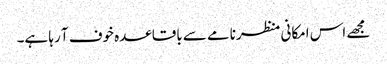
مجھے اس امکانی منظرنامے سے باقاعدہ خوف آ رہا ہے۔